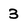
Character: 3